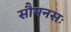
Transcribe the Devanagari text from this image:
सौमनसः